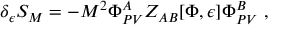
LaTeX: \delta _ { \epsilon } S _ { M } = - M ^ { 2 } \Phi _ { P V } ^ { A } Z _ { A B } [ \Phi , \epsilon ] \Phi _ { P V } ^ { B } \ ,